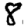
Digit: 8